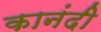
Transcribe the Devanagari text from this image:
कानंदी